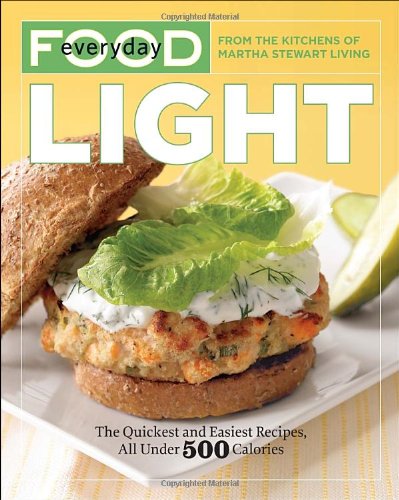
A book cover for Everyday Food: Light: The Quickest and Easiest Recipes, All Under 500 Calories; Martha Stewart Living Magazine; Cookbooks, Food & Wine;